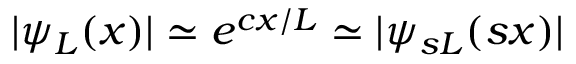
| \psi _ { L } ( x ) | \simeq e ^ { c x / L } \simeq | \psi _ { s L } ( s x ) |